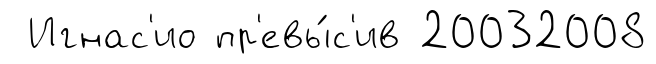
Игнас'ио пр'евы́с'ив 20032008